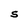
Character: S